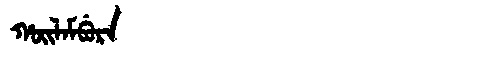
Manchu: ᡥᠣᡳᠯᠠᠮᠪᡠᡵᠠ
Romanization: HOILAMBURA